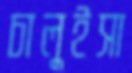
চালুইসা